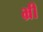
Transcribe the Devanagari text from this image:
भ्रीं